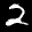
Label: 2